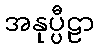
အနုပ္ပီဠာ